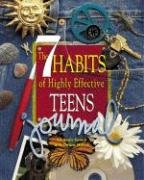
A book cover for The 7 Habits of Highly Effective Teens Journal; Stephen R. Covey; Teen & Young Adult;